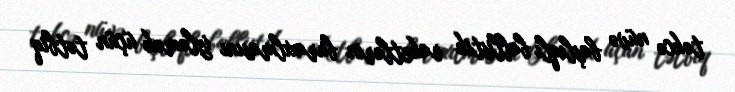
təkcə nüvə başlıqlı ballistik raketlərin buraxılmasını izləmək üçün tətbiq